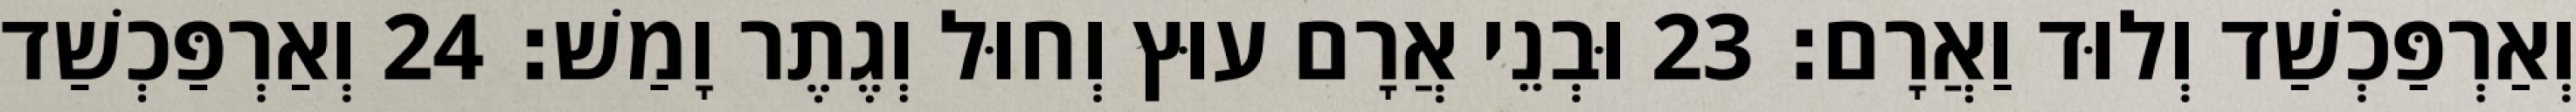
וְאַרְפַּכְשַׁד וְלוּד וַאֲרָם׃ 23 וּבְנֵי אֲרָם עוּץ וְחוּל וְגֶתֶר וָמַשׁ׃ 24 וְאַרְפַּכְשַׁד